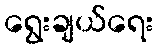
ရွေးချယ်ရေး